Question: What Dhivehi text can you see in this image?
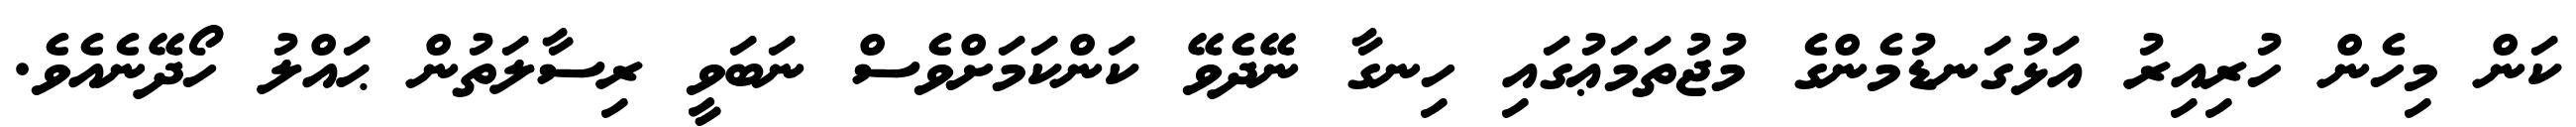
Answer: ކަން މިހެން ހުރިއިރު އަޅުގަނޑުމެންގެ މުޖުތަމަޢުގައި ހިނގާ ނޭދެވޭ ކަންކަމަށްވެސް ނަބަވީ ރިސާލަތުން ޙައްލު ހޯދޭނެއެވެ.